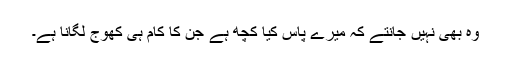
وہ بھی نہیں جانتے کہ میرے پاس کیا کچھ ہے جن کا کام ہی کھوج لگانا ہے۔